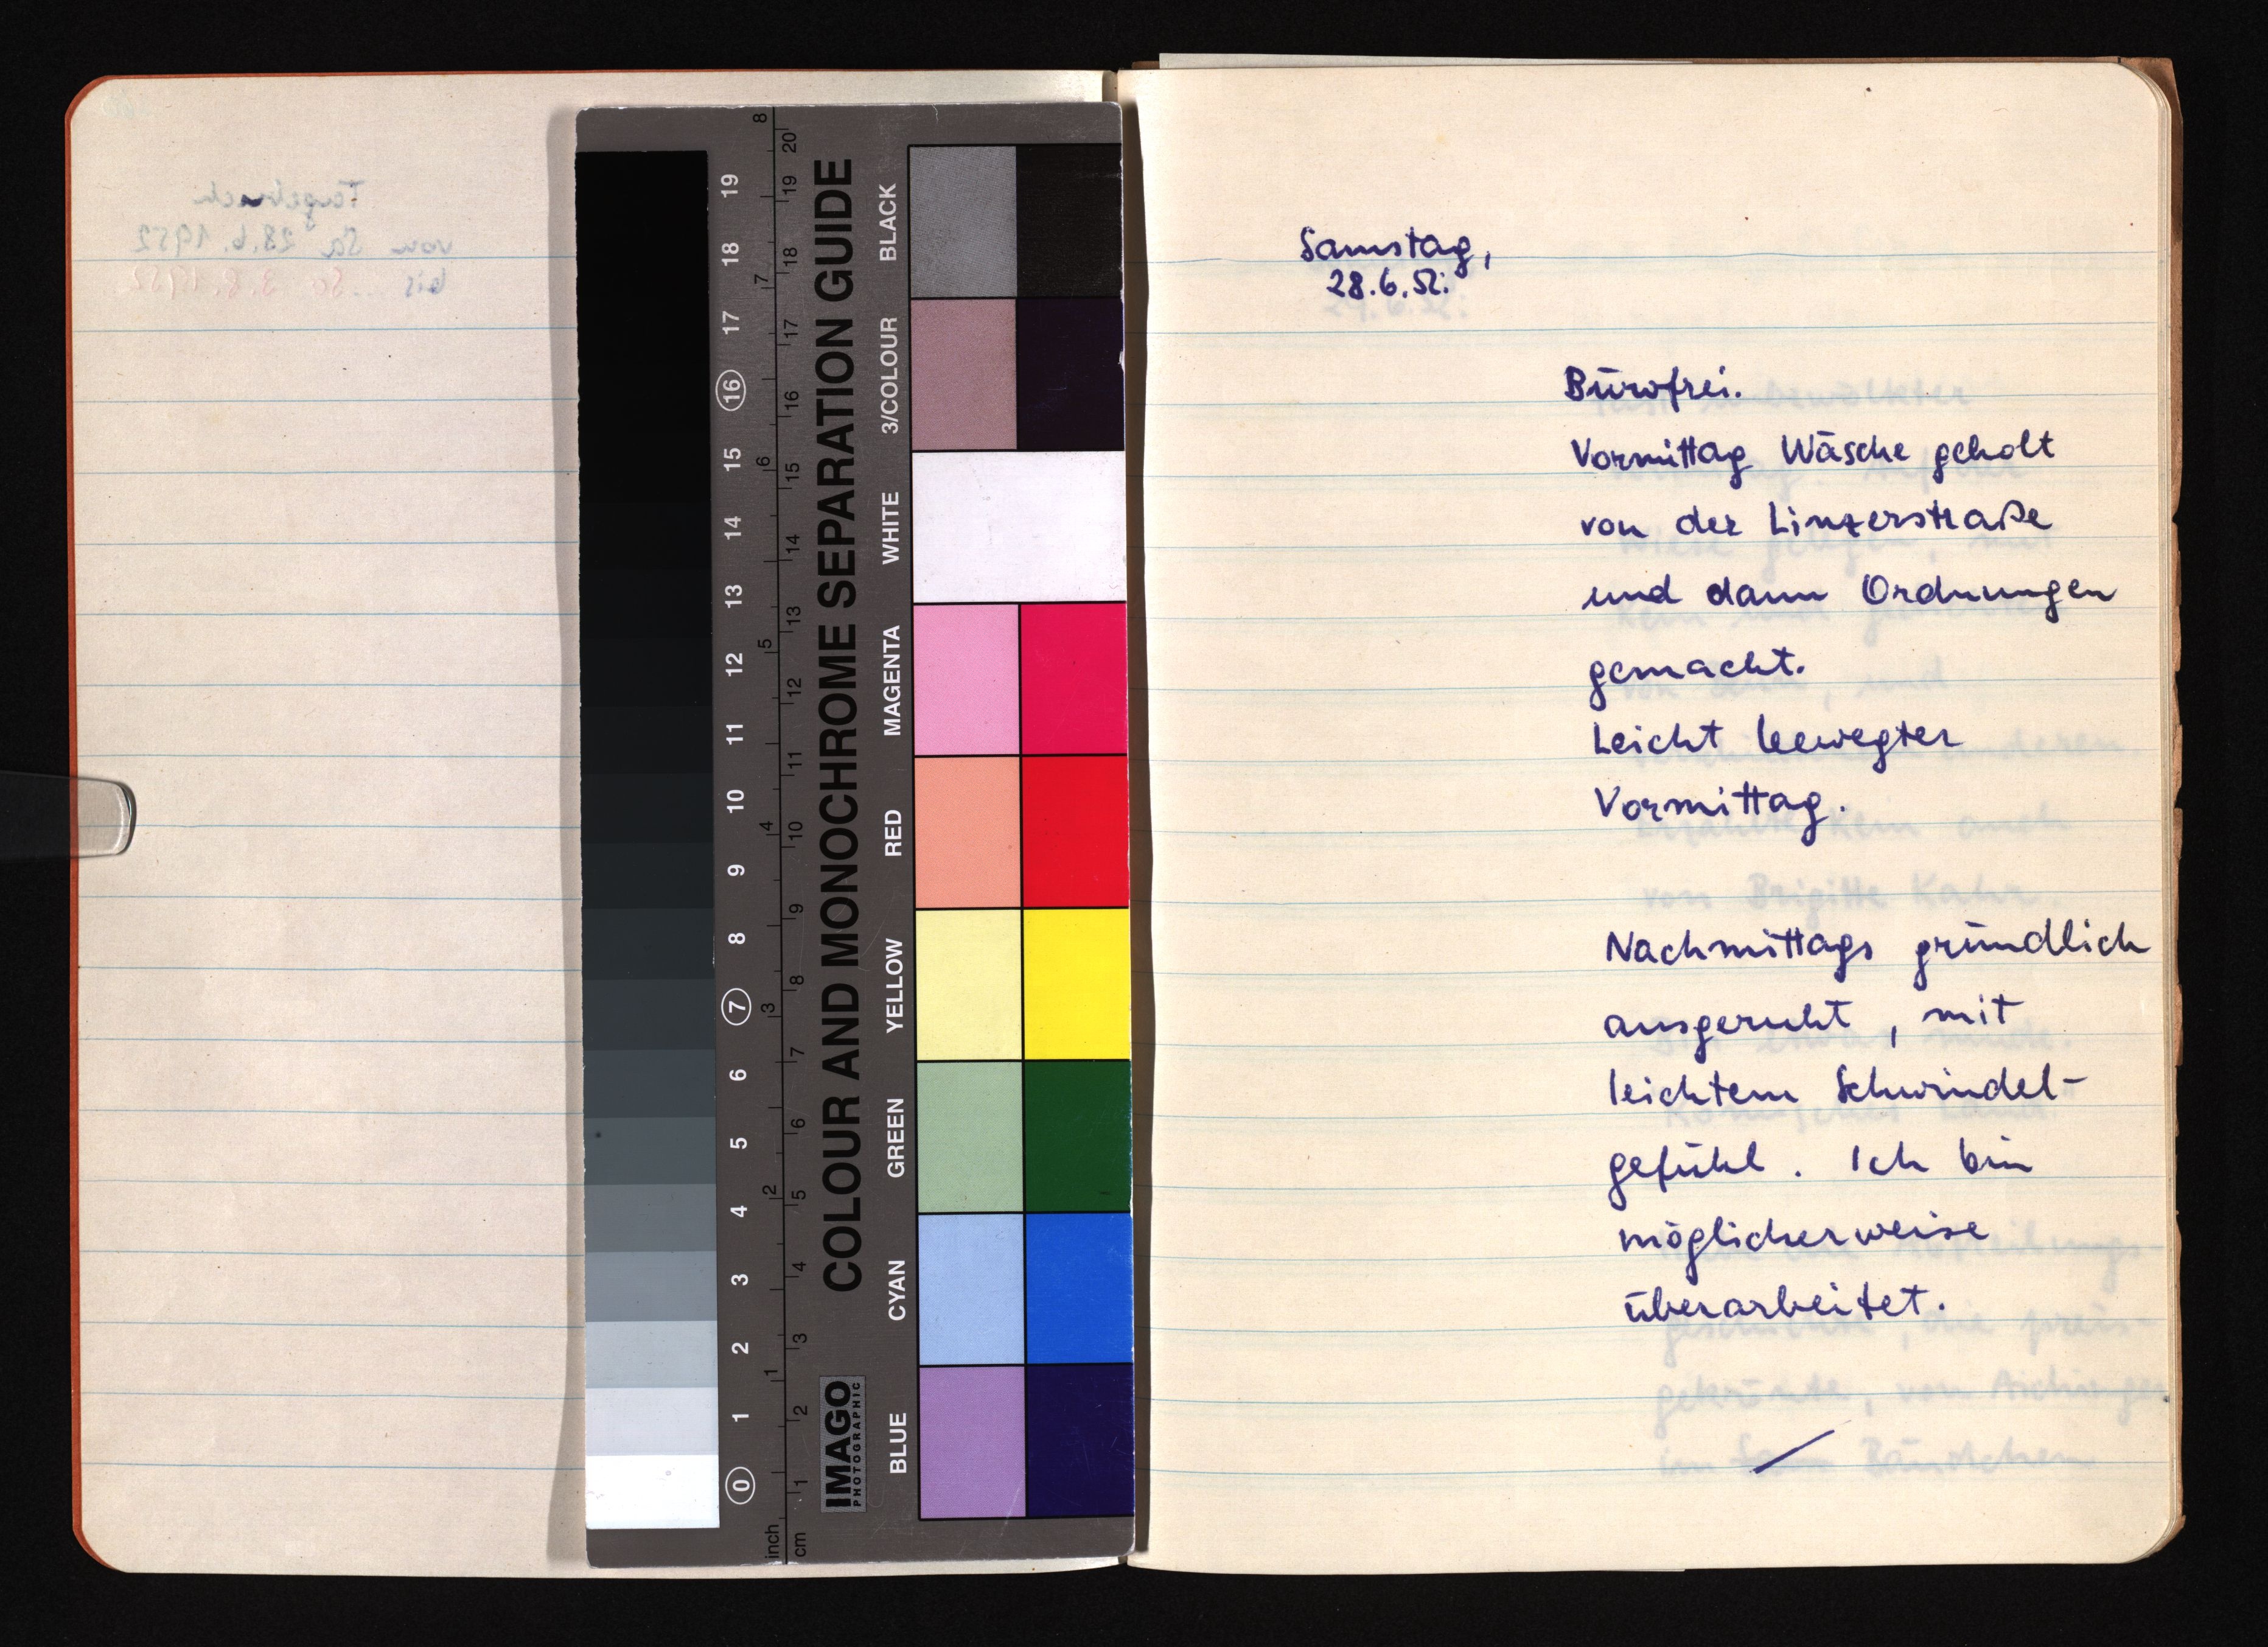
Samstag,
28.6.52:
Bürofrei.
Vormittag Wäsche geholt
von der Linzerstraße
und dann Ordnungen
gemacht.
Leicht bewegter
Vormittag.
Nachmittags gründlich
ausgeruht, mit
leichtem Schwindel¬
gefühl. Ich bin
möglicherweise
überarbeitet.